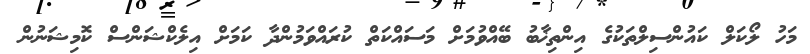
މަހު ލޯކަލް ކައުންސިލްތަކުގެ އިންތިޚާބު ބޭއްވުމަށް މަސައްކަތް ކުރައްވަމުންދާ ކަމަށް އިލެކްޝަންސް ކޮމިޝަނުން